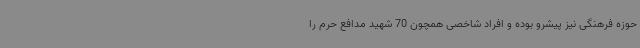
حوزه فرهنگی نیز پیشرو بوده و افراد شاخصی همچون 70 شهید مدافع حرم را